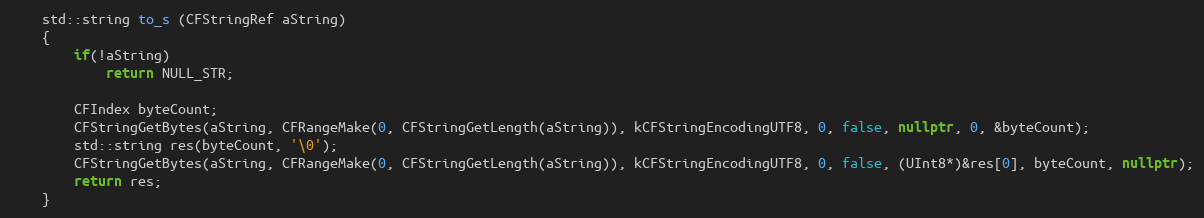
Language: C++
	std::string to_s (CFStringRef aString)
	{
		if(!aString)
			return NULL_STR;

		CFIndex byteCount;
		CFStringGetBytes(aString, CFRangeMake(0, CFStringGetLength(aString)), kCFStringEncodingUTF8, 0, false, nullptr, 0, &byteCount);
		std::string res(byteCount, '\0');
		CFStringGetBytes(aString, CFRangeMake(0, CFStringGetLength(aString)), kCFStringEncodingUTF8, 0, false, (UInt8*)&res[0], byteCount, nullptr);
		return res;
	}